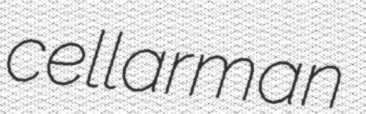
cellarman